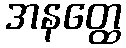
အနတ္ထေ